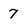
Character: 7